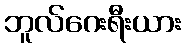
ဘူလ်ဂေးရီးယား